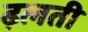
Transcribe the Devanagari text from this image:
ढ़लती